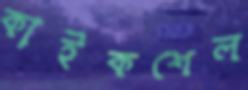
কাইকশেল